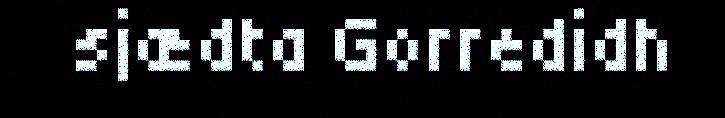
sjædta Gorredidh